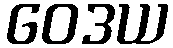
ဝေဒယ